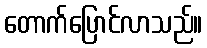
တောက်ပြောင်လာသည်။